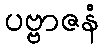
ပဗ္ဗာဇနံ